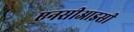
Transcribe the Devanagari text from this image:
एनसीआइसी